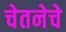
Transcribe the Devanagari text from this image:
चेतनेचे